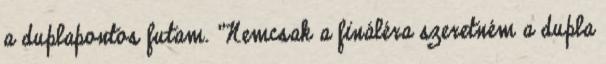
a duplapontos futam. "Nemcsak a fináléra szeretném a dupla